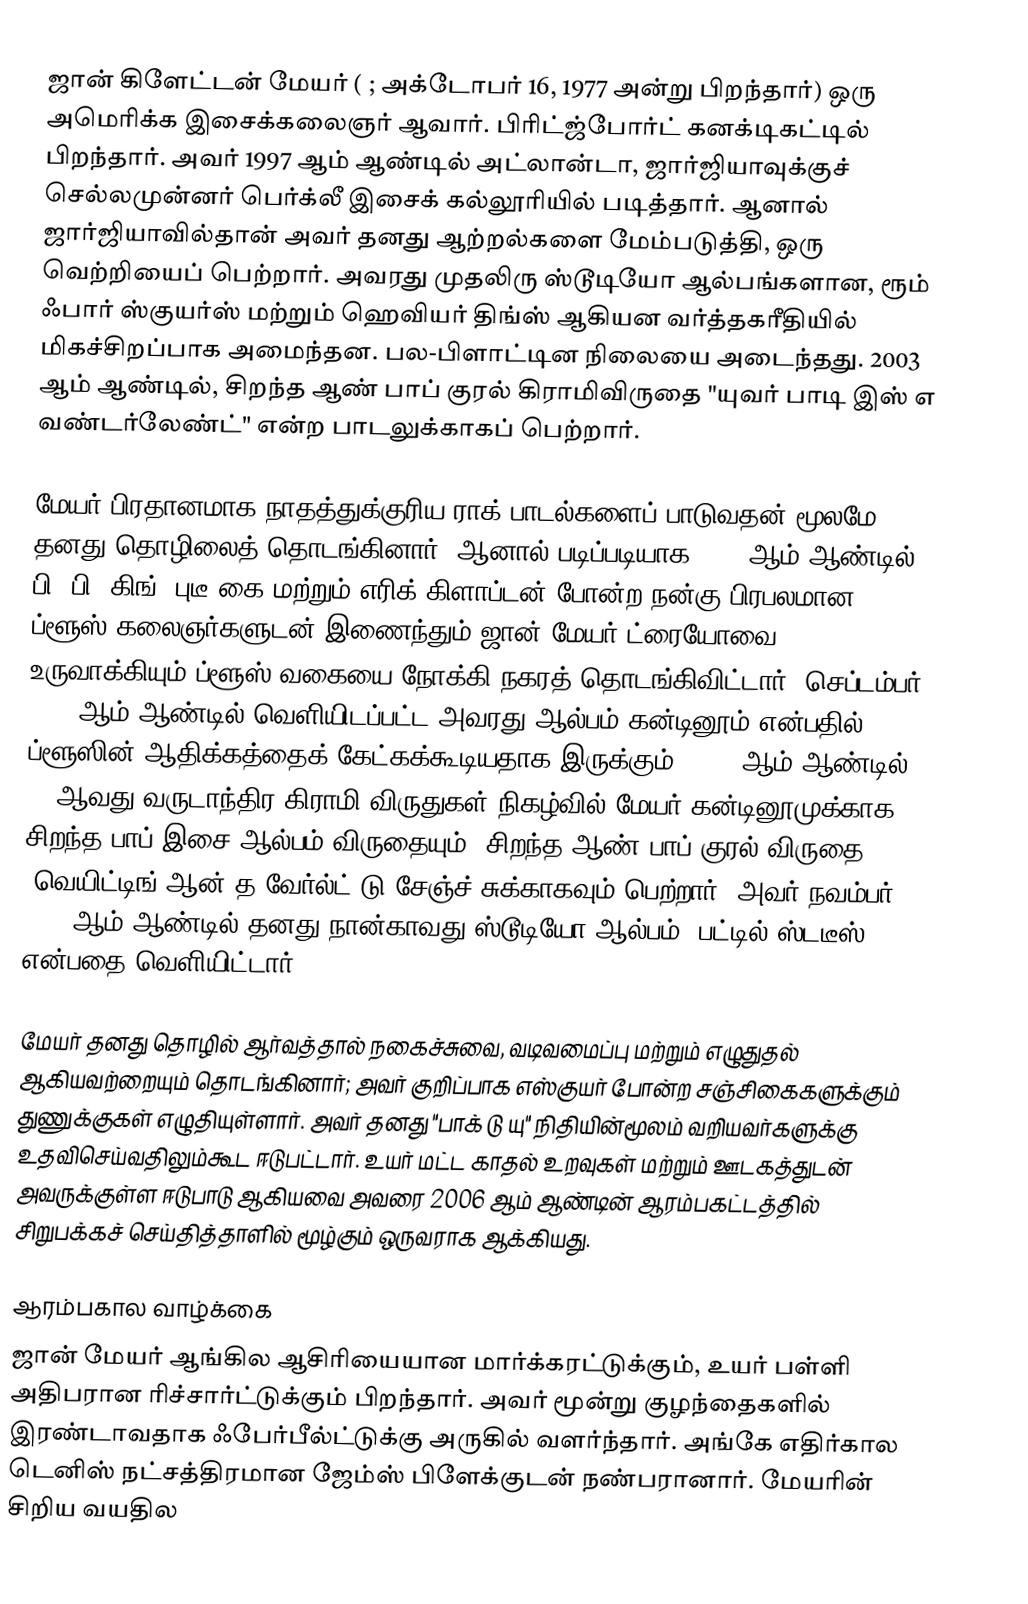
ஜான் கிளேட்டன் மேயர் ( ; அக்டோபர் 16, 1977 அன்று பிறந்தார்) ஒரு அமெரிக்க இசைக்கலைஞர் ஆவார். பிரிட்ஜ்போர்ட் கனக்டிகட்டில் பிறந்தார். அவர் 1997 ஆம் ஆண்டில் அட்லான்டா, ஜார்ஜியாவுக்குச் செல்லமுன்னர் பெர்க்லீ இசைக் கல்லூரியில் படித்தார். ஆனால் ஜார்ஜியாவில்தான் அவர் தனது ஆற்றல்களை மேம்படுத்தி, ஒரு வெற்றியைப் பெற்றார். அவரது முதலிரு ஸ்டூடியோ ஆல்பங்களான, ரூம் ஃபார் ஸ்குயர்ஸ் மற்றும் ஹெவியர் திங்ஸ் ஆகியன வர்த்தகரீதியில் மிகச்சிறப்பாக அமைந்தன. பல-பிளாட்டின நிலையை அடைந்தது. 2003 ஆம் ஆண்டில், சிறந்த ஆண் பாப் குரல் கிராமிவிருதை "யுவர் பாடி இஸ் எ வண்டர்லேண்ட்" என்ற பாடலுக்காகப் பெற்றார்.

மேயர் பிரதானமாக நாதத்துக்குரிய ராக் பாடல்களைப் பாடுவதன் மூலமே தனது தொழிலைத் தொடங்கினார். ஆனால் படிப்படியாக 2005 ஆம் ஆண்டில் பி. பி. கிங், புடீ கை மற்றும் எரிக் கிளாப்டன் போன்ற நன்கு பிரபலமான ப்ளூஸ் கலைஞர்களுடன் இணைந்தும் ஜான் மேயர் ட்ரையோவை உருவாக்கியும் ப்ளூஸ் வகையை நோக்கி நகரத் தொடங்கிவிட்டார். செப்டம்பர் 2006 ஆம் ஆண்டில் வெளியிடப்பட்ட அவரது ஆல்பம் கன்டினூம் என்பதில் ப்ளூஸின் ஆதிக்கத்தைக் கேட்கக்கூடியதாக இருக்கும். 2007 ஆம் ஆண்டில் 49 ஆவது வருடாந்திர கிராமி விருதுகள் நிகழ்வில் மேயர் கன்டினூமுக்காக சிறந்த பாப் இசை ஆல்பம் விருதையும், சிறந்த ஆண் பாப் குரல் விருதை "வெயிட்டிங் ஆன் த வேர்ல்ட் டு சேஞ்ச்"சுக்காகவும் பெற்றார். அவர் நவம்பர் 2009 ஆம் ஆண்டில் தனது நான்காவது ஸ்டூடியோ ஆல்பம், பட்டில் ஸ்டடீஸ் என்பதை வெளியிட்டார்.

மேயர் தனது தொழில் ஆர்வத்தால் நகைச்சுவை, வடிவமைப்பு மற்றும் எழுதுதல் ஆகியவற்றையும் தொடங்கினார்; அவர் குறிப்பாக எஸ்குயர் போன்ற சஞ்சிகைகளுக்கும் துணுக்குகள் எழுதியுள்ளார். அவர் தனது "பாக் டு யு" நிதியின்மூலம் வறியவர்களுக்கு உதவிசெய்வதிலும்கூட ஈடுபட்டார். உயர் மட்ட காதல் உறவுகள் மற்றும் ஊடகத்துடன் அவருக்குள்ள ஈடுபாடு ஆகியவை அவரை 2006 ஆம் ஆண்டின் ஆரம்பகட்டத்தில் சிறுபக்கச் செய்தித்தாளில் மூழ்கும் ஒருவராக ஆக்கியது.

ஆரம்பகால வாழ்க்கை
ஜான் மேயர் ஆங்கில ஆசிரியையான மார்க்கரட்டுக்கும், உயர் பள்ளி அதிபரான ரிச்சார்ட்டுக்கும் பிறந்தார். அவர் மூன்று குழந்தைகளில் இரண்டாவதாக ஃபேர்பீல்ட்டுக்கு அருகில் வளர்ந்தார். அங்கே எதிர்கால டெனிஸ் நட்சத்திரமான ஜேம்ஸ் பிளேக்குடன் நண்பரானார். மேயரின் சிறிய வயதில